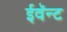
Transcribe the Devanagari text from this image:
ईवॅन्ट